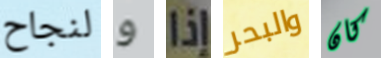
لنجاح و إذا والبحر كان